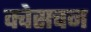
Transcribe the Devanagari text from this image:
क्वेसचन